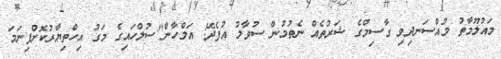
މައުލޫމާތު މުއްސަނދިވި ގާސިމްގެ ޝަރުތެއް ނެތުމުން ސުވާލު އުފެދޭ: އަލްހާން"ސުލްހައިގެ މަގު އިހްތިޔާރުކޮށްފިނަމަ